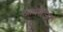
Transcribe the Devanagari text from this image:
आयॊजित